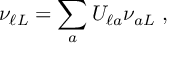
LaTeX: \nu _ { \ell L } = \sum _ { a } U _ { \ell a } \nu _ { a L } \; ,